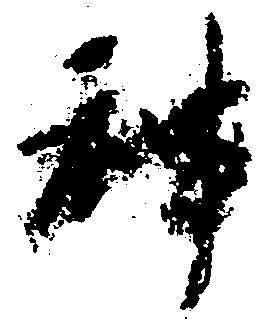
神